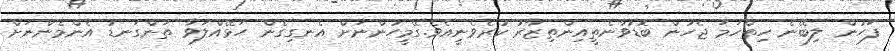
ފަހުން ލިބޭނެ ހިތްހަމަ ޖެހުން ބޮޑުވާނެތީއިންތިޒާރު ކުރެވެނީއެވެ.ގޭމީހުންނަށް އެނގިގެން ހަޅޭއްލަވާ ތަންގަނޑު އެންމެންނަށް